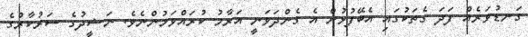
ގަނޑުވަރެއް ފަދަ ގެތަކުގައި އެބޭފުޅުން އެ ގެންދަވަނީ އަރާމު ކުރައްވަމުންނެވެ. ނަޝީދުގެ ސަރުކާރުގެ